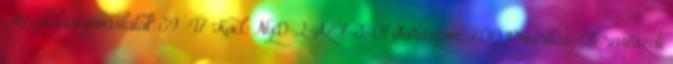
Megoldási javaslatok 39 47 Kód: NyD-2-SzF-3-01 Sorszám: 700 Prioritás: Természeti